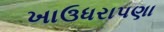
ખાઉધરાપણા